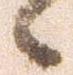
候